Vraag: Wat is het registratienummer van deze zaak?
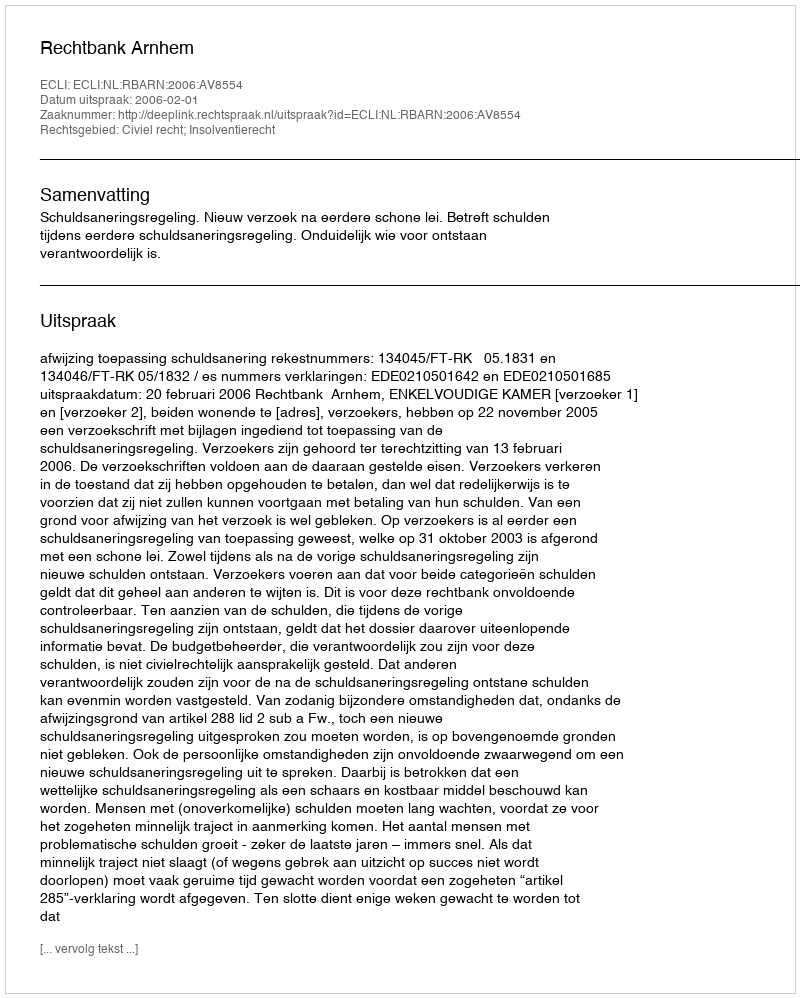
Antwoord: http://deeplink.rechtspraak.nl/uitspraak?id=ECLI:NL:RBARN:2006:AV8554